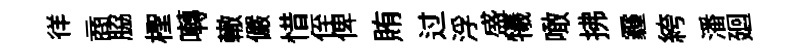
徉商脇檉囀轍儼惜侄俾賄过浮盛犧噉拂霾絝潘廻